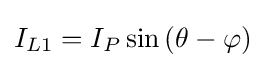
I_{L1}=I_{P}\sin \left(\theta -\varphi \right)